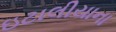
ઇટાલીયાના